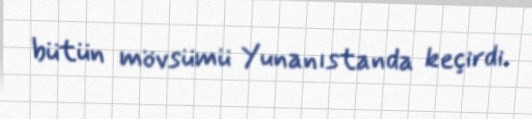
bütün mövsümü Yunanıstanda keçirdi.